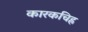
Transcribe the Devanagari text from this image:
कारकचिह्र